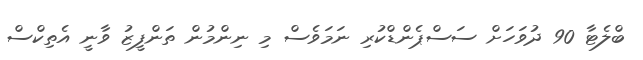
ބްލެޓާ 90 ދުވަހަށް ސަސްޕެންޑްކުރި ނަމަވެސް މި ނިންމުން ތަންފީޒު ވާނީ އެތިކްސް